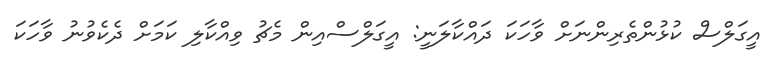
އީގަލްސް ކުޅުންތެރިންނަށް ވާހަކަ ދައްކާލަނީ: އީގަލްސްއިން މެޗު ވިއްކާލި ކަމަށް ދެކެވުނު ވާހަކަ